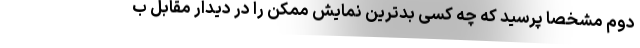
دوم مشخصاً‌ پرسید که چه کسی بدترین نمایش ممکن را در دیدار مقابل ب